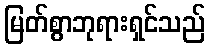
မြတ်စွာဘုရားရှင်သည်